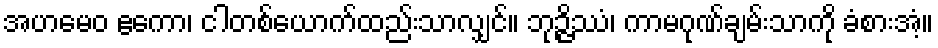
အဟမေဝ ဧကော၊ ငါတစ်ယောက်ထည်းသာလျှင်။ ဘုဉ္ဇိဿံ၊ ကာမဂုဏ်ချမ်းသာကို ခံစားအံ့။